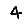
Digit: 4